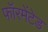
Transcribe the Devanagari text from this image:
फॉरमेंटेड